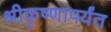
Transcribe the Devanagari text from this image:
श्रीकृष्णापर्यंत